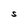
Character: S